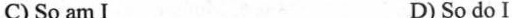
C) So am I D) So do I